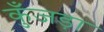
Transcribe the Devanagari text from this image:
कुँजड़ा